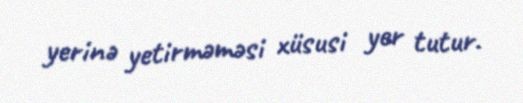
yerinə yetirməməsi xüsusi yer tutur.